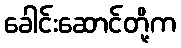
ခေါင်းဆောင်တို့က